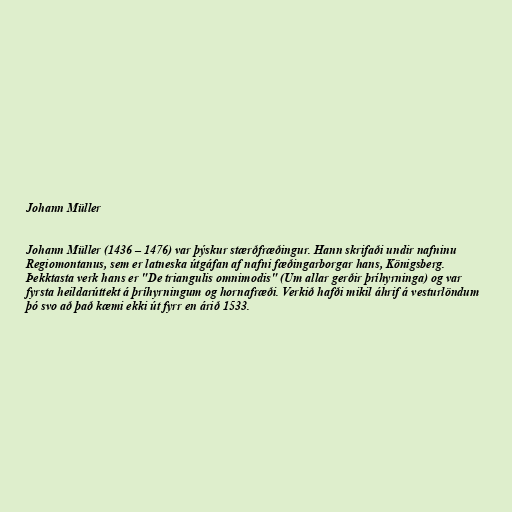
Johann Müller

Johann Müller (1436 – 1476) var þýskur stærðfræðingur. Hann skrifaði undir nafninu
Regiomontanus, sem er latneska útgáfan af nafni fæðingarborgar hans, Königsberg.
Þekktasta verk hans er "De triangulis omnimodis" (Um allar gerðir þríhyrninga) og var
fyrsta heildarúttekt á þríhyrningum og hornafræði. Verkið hafði mikil áhrif á vesturlöndum
þó svo að það kæmi ekki út fyrr en árið 1533.